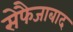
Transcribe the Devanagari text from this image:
सेफैजाबाद